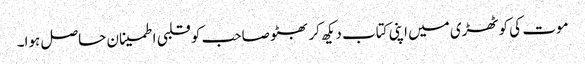
موت کی کوٹھڑی میں اپنی کتاب دیکھ کر بھٹو صاحب کو قلبی اطمینان حاصل ہوا۔